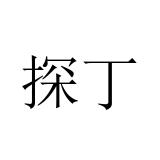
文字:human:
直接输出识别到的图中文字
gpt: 探丁